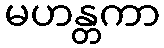
မဟန္တကာ